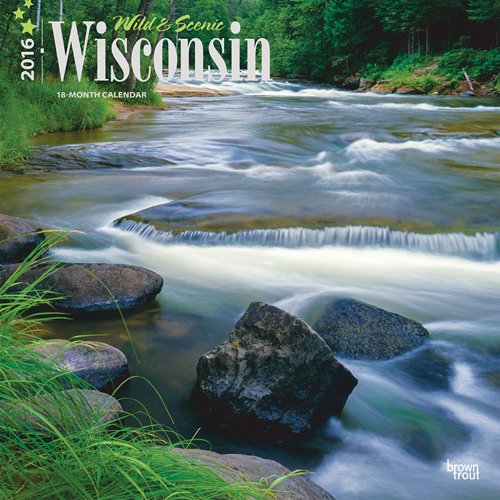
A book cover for Wisconsin, Wild & Scenic 2016 Square 12x12; Browntrout Publishers; Calendars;